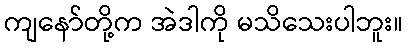
ကျနော်တို့က အဲဒါကို မသိသေးပါဘူး။